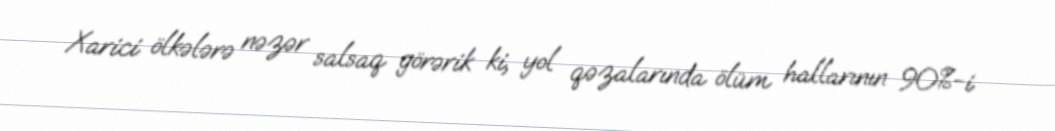
Xarici ölkələrə nəzər salsaq görərik ki, yol qəzalarında ölüm hallarının 90%-i